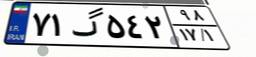
۷۱گ۵۴۲۹۸